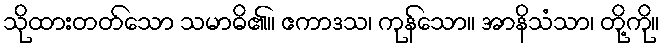
သိုထားတတ်သော သမာဓိ၏။ ဧကာဒသ၊ ကုန်သော။ အာနိသံသာ၊ တို့ကို။